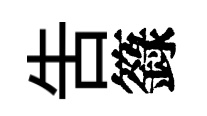
吿籙